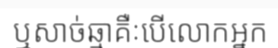
ឬសាច់ឆ្មាគឺៈបើលោកអ្នក